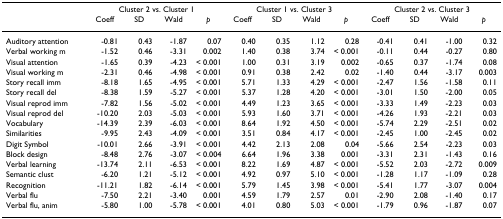
<table><thead><tr><td></td><td colspan="4"><b>Cluster 2 vs. Cluster 1</b></td><td colspan="4"><b>Cluster 1 vs. Cluster 3</b></td><td colspan="4"><b>Cluster 2 vs. Cluster 3</b></td></tr><tr><td></td><td><b>Coeff</b></td><td><b>SD</b></td><td><b>Wald</b></td><td><b><i>p</i></b></td><td><b>Coeff</b></td><td><b>SD</b></td><td><b>Wald</b></td><td><b><i>p</i></b></td><td><b>Coeff</b></td><td><b>SD</b></td><td><b>Wald</b></td><td><b><i>p</i></b></td></tr></thead><tbody><tr><td>Auditory attention</td><td>-0.81</td><td>0.43</td><td>-1.87</td><td>0.07</td><td>0.40</td><td>0.35</td><td>1.12</td><td>0.28</td><td>-0.41</td><td>0.41</td><td>-1.00</td><td>0.32</td></tr><tr><td>Verbal working m</td><td>-1.52</td><td>0.46</td><td>-3.31</td><td>0.002</td><td>1.40</td><td>0.38</td><td>3.74</td><td>&lt; 0.001</td><td>-0.11</td><td>0.44</td><td>-0.27</td><td>0.80</td></tr><tr><td>Visual attention</td><td>-1.65</td><td>0.39</td><td>-4.23</td><td>&lt; 0.001</td><td>1.00</td><td>0.31</td><td>3.19</td><td>0.002</td><td>-0.65</td><td>0.37</td><td>-1.74</td><td>0.08</td></tr><tr><td>Visual working m</td><td>-2.31</td><td>0.46</td><td>-4.98</td><td>&lt; 0.001</td><td>0.91</td><td>0.38</td><td>2.42</td><td>0.02</td><td>-1.40</td><td>0.44</td><td>-3.17</td><td>0.003</td></tr><tr><td>Story recall imm</td><td>-8.18</td><td>1.65</td><td>-4.95</td><td>&lt; 0.001</td><td>5.71</td><td>1.33</td><td>4.29</td><td>&lt; 0.001</td><td>-2.47</td><td>1.56</td><td>-1.58</td><td>0.11</td></tr><tr><td>Story recall del</td><td>-8.38</td><td>1.59</td><td>-5.27</td><td>&lt; 0.001</td><td>5.37</td><td>1.28</td><td>4.20</td><td>&lt; 0.001</td><td>-3.01</td><td>1.50</td><td>-2.00</td><td>0.05</td></tr><tr><td>Visual reprod imm</td><td>-7.82</td><td>1.56</td><td>-5.02</td><td>&lt; 0.001</td><td>4.49</td><td>1.23</td><td>3.65</td><td>&lt; 0.001</td><td>-3.33</td><td>1.49</td><td>-2.23</td><td>0.03</td></tr><tr><td>Visual reprod del</td><td>-10.20</td><td>2.03</td><td>-5.03</td><td>&lt; 0.001</td><td>5.93</td><td>1.60</td><td>3.71</td><td>&lt; 0.001</td><td>-4.26</td><td>1.93</td><td>-2.21</td><td>0.03</td></tr><tr><td>Vocabulary</td><td>-14.39</td><td>2.39</td><td>-6.03</td><td>&lt; 0.001</td><td>8.64</td><td>1.92</td><td>4.50</td><td>&lt; 0.001</td><td>-5.74</td><td>2.29</td><td>-2.51</td><td>0.02</td></tr><tr><td>Similarities</td><td>-9.95</td><td>2.43</td><td>-4.09</td><td>&lt; 0.001</td><td>3.51</td><td>0.84</td><td>4.17</td><td>&lt; 0.001</td><td>-2.45</td><td>1.00</td><td>-2.45</td><td>0.02</td></tr><tr><td>Digit Symbol</td><td>-10.01</td><td>2.66</td><td>-3.91</td><td>&lt; 0.001</td><td>4.42</td><td>2.13</td><td>2.08</td><td>0.04</td><td>-5.66</td><td>2.54</td><td>-2.23</td><td>0.03</td></tr><tr><td>Block design</td><td>-8.48</td><td>2.76</td><td>-3.07</td><td>&lt; 0.004</td><td>6.64</td><td>1.96</td><td>3.38</td><td>0.001</td><td>-3.31</td><td>2.31</td><td>-1.43</td><td>0.16</td></tr><tr><td>Verbal learning</td><td>-13.74</td><td>2.11</td><td>-6.53</td><td>&lt; 0.001</td><td>8.22</td><td>1.69</td><td>4.87</td><td>&lt; 0.001</td><td>-5.52</td><td>2.03</td><td>-2.72</td><td>0.009</td></tr><tr><td>Semantic clust</td><td>-6.20</td><td>1.21</td><td>-5.12</td><td>&lt; 0.001</td><td>4.92</td><td>0.97</td><td>5.10</td><td>&lt; 0.001</td><td>-1.28</td><td>1.17</td><td>-1.09</td><td>0.28</td></tr><tr><td>Recognition</td><td>-11.21</td><td>1.82</td><td>-6.14</td><td>&lt; 0.001</td><td>5.79</td><td>1.45</td><td>3.98</td><td>&lt; 0.001</td><td>-5.41</td><td>1.77</td><td>-3.07</td><td>0.004</td></tr><tr><td>Verbal flu</td><td>-7.50</td><td>2.21</td><td>-3.40</td><td>0.001</td><td>4.59</td><td>1.79</td><td>2.57</td><td>0.01</td><td>-2.90</td><td>2.08</td><td>-1.40</td><td>0.17</td></tr><tr><td>Verbal flu, anim</td><td>-5.80</td><td>1.00</td><td>-5.78</td><td>&lt; 0.001</td><td>4.01</td><td>0.80</td><td>5.03</td><td>&lt; 0.001</td><td>-1.79</td><td>0.96</td><td>-1.87</td><td>0.07</td></tr></tbody></table>